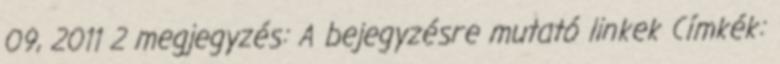
09, 2011 2 megjegyzés: A bejegyzésre mutató linkek Címkék: